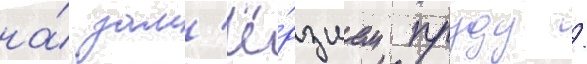
на́ зам'ё́рзшем пруду /